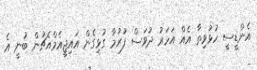
އެންޑީސީ ހުޅުވިތާ އެއް އަހަރު ދުވަސް ފުރުމާ ގުޅިގެން އައިޖީއެމްއެޗުން ބުނީ އެ